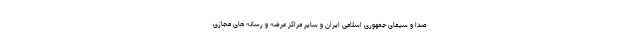
صدا و سیمای جمهوری اسلامی ایران و سایر مراکز عرضه و رسانه های مجازی